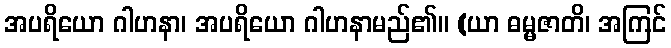
အပရိယော ဂါဟနာ၊ အပရိယော ဂါဟနာမည်၏။ (ယာ ဓမ္မဇာတိ၊ အကြင်